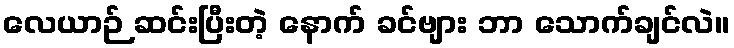
လေယာဉ် ဆင်းပြီးတဲ့ နောက် ခင်ဗျား ဘာ သောက်ချင်လဲ။